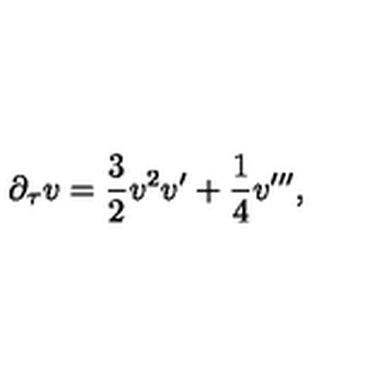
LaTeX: \partial _ { \tau } v = \frac { 3 } { 2 } v ^ { 2 } v ^ { \prime } + \frac { 1 } { 4 } v ^ { \prime \prime \prime } ,